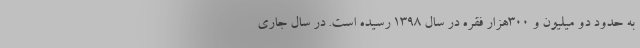
به حدود دو میلیون و 300هزار فقره در سال 1398 رسیده است. در سال جاری